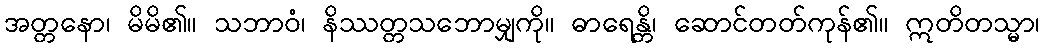
အတ္တနော၊ မိမိ၏။ သဘာဝံ၊ နိဿတ္တသဘောမျှကို။ ဓာရေန္တိ၊ ဆောင်တတ်ကုန်၏။ ဣတိတသ္မာ၊